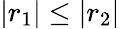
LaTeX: |r_{1}|\leq|r_{2}|